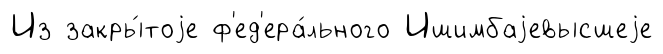
Из закры́тоjе ф'ед'ера́льного Ишимбаjевысшеjе